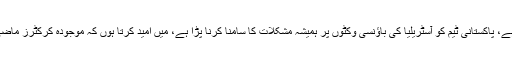
انہوں نے کہا ”آپ کو آسٹریلیا میں تین اوپنرز کھلانے کی ضرورت ہے، پاکستانی ٹیم کو آسٹریلیا کی باﺅنسی وکٹوں پر ہمیشہ مشکلات کا سامنا کرنا پڑا ہے، میں امید کرتا ہوں کہ موجودہ کرکٹرز ماضی کے کھلاڑیوں جانب سے کی جانے والی غلطیاں نہیں دہرائیں گے۔